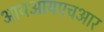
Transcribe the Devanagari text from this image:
आयआयएचआर